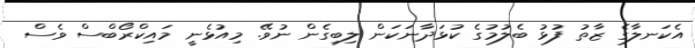
އެކަނލާގެ ޒާތު ފުޅު ބެލުމުގެ ކުޅަދާނަކަން ލިބިގެން ނުވޭ. މިއުޅެނީ މައިކްރޯބްސް ވެސް